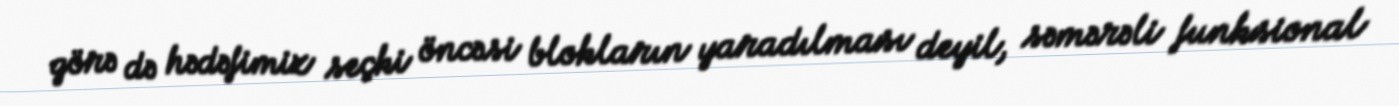
görə də hədəfimiz seçki öncəsi blokların yaradılması deyil, səmərəli funksional